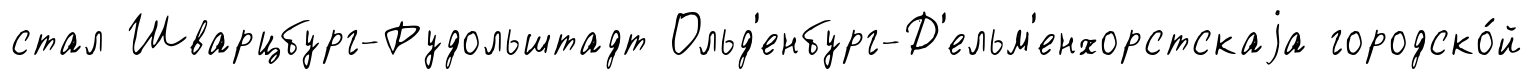
стал Шварцбург-Рудольштадт Ольд'енбург-Д'ельм'енхорстскаjа городско́й